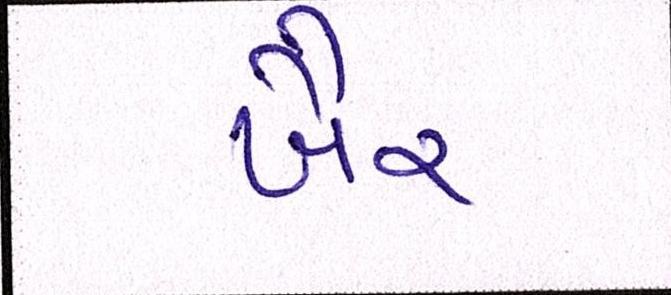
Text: ખૈર